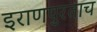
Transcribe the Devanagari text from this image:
इराणपुरताच